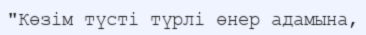
"Көзім түсті түрлі өнер адамына,